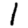
Digit: 1